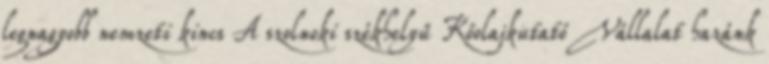
legnagyobb nemzeti kincs A szolnoki székhelyű Kőolajkutató Vállalat hazánk